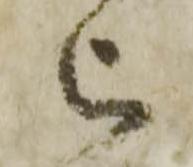
被